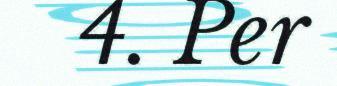
4. Per